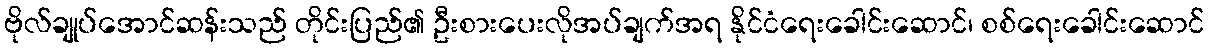
ဗိုလ်ချုပ်အောင်ဆန်းသည် တိုင်းပြည်၏ ဦးစားပေးလိုအပ်ချက်အရ နိုင်ငံရေးခေါင်းဆောင်၊ စစ်ရေးခေါင်းဆောင်